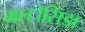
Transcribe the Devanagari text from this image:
मल्टोसिडा